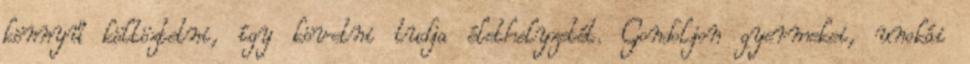
könnyű költöztetni, így követni tudja élethelyzetét. Gondoljon gyermekei, unokái